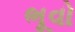
ભૂવો